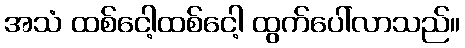
အသံ ထစ်ငေါ့ထစ်ငေါ့ ထွက်ပေါ်လာသည်။